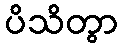
ပိသိတွာ